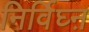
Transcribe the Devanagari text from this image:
निर्विघ्ऩ